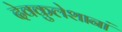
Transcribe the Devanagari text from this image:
देवकुलेशानां